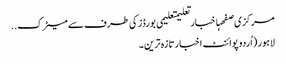
مرکزی صفحہاخبارتعلیمتعلیمی بورڈز کی طرف سے میٹرک ..
لاہور (اُردو پوائنٹ اخبارتازہ ترین۔